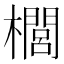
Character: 櫚